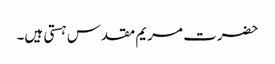
حضرت مریم مقدس ہستی ہیں۔